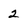
Character: 2